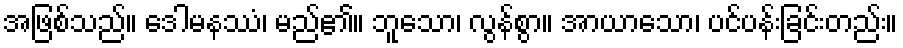
အဖြစ်သည်။ ဒေါမနဿံ၊ မည်၏။ ဘူသော၊ လွန်စွာ။ အာယာသော၊ ပင်ပန်းခြင်းတည်း။